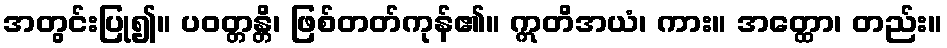
အတွင်းပြု၍။ ပဝတ္တန္တိ၊ ဖြစ်တတ်ကုန်၏။ ဣတိအယံ၊ ကား။ အတ္ထော၊ တည်း။